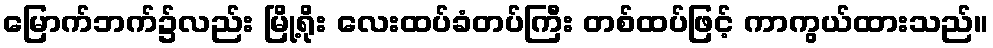
မြောက်ဘက်၌လည်း မြို့ရိုး လေးထပ်ခံတပ်ကြီး တစ်ထပ်ဖြင့် ကာကွယ်ထားသည်။